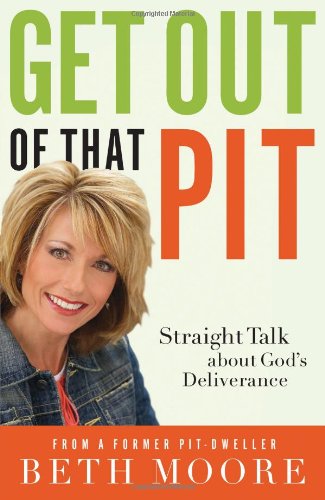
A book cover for Get Out of That Pit: Straight Talk about God's Deliverance; Beth Moore; Christian Books & Bibles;